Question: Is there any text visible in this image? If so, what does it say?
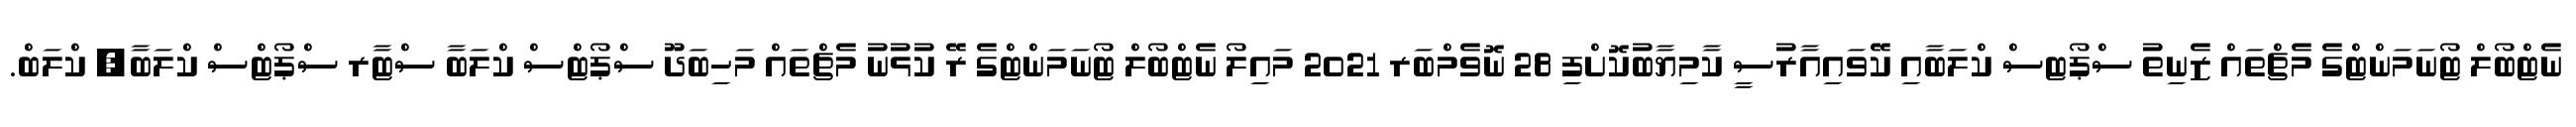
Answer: ނެޓްބޯލް ޓޯނަމަންޓްގެ މެޗްތައް ޒެނިތު ސްޕޯޓސް ކްލަބާއި ކޭވައިއާރުސީ ކާމިޔާބުކޮށްފި 28 ނޮވެމްބަރ 2021 މައިލޯ ނެޓްބޯލް ޓޯނަމަންޓްގެ ރޭ ކުޅުނު މެޗްތައް މަހިބަދޫ ސްޕޯޓްސް ކްލަބާ ސްޓާރ ސްޕޯޓްސް ކްލަބާ, ކްލަބް.